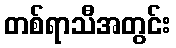
တစ်ရာသီအတွင်း